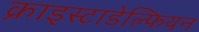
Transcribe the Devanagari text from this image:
क्राइस्टाडेल्फियन